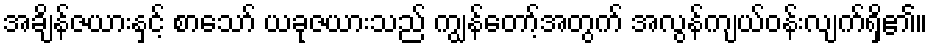
အချိန်ဇယားနှင့် စာသော် ယခုဇယားသည် ကျွန်တော့်အတွက် အလွန်ကျယ်ဝန်းလျက်ရှိ၏။